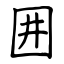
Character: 囲